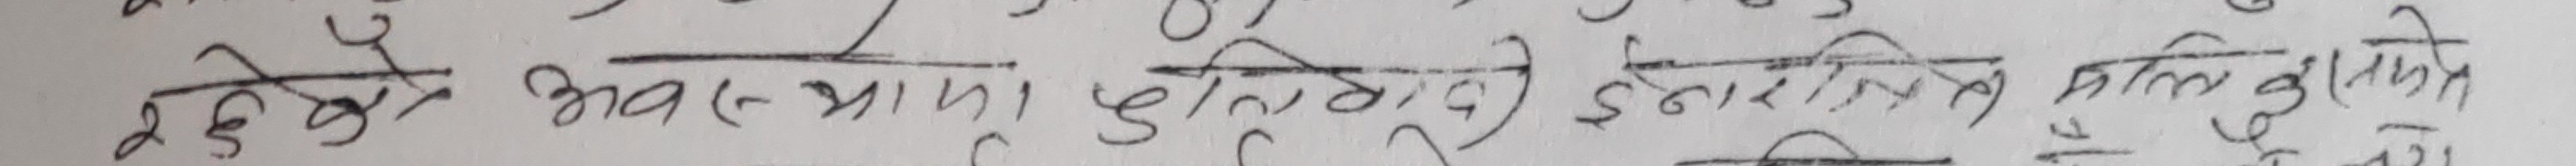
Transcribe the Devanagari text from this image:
मे १ क्षेत्र ३ (नयाँ भाइ) सुतीको ईन्जिनियरिङ कलेज निर्माण हुनेछ ।
म २ क्षेत्र ३ (क) भुवन काठमाडौं ।